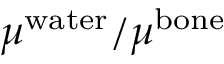
\mu ^ { \mathrm { w a t e r } } / \mu ^ { \mathrm { b o n e } }